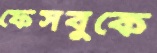
ফেসবুকে